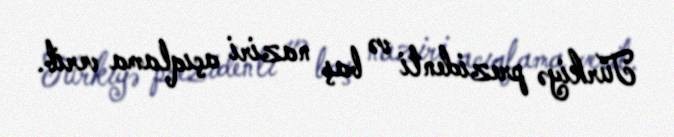
Türkiyə prezidenti və baş naziri açıqlama verib.